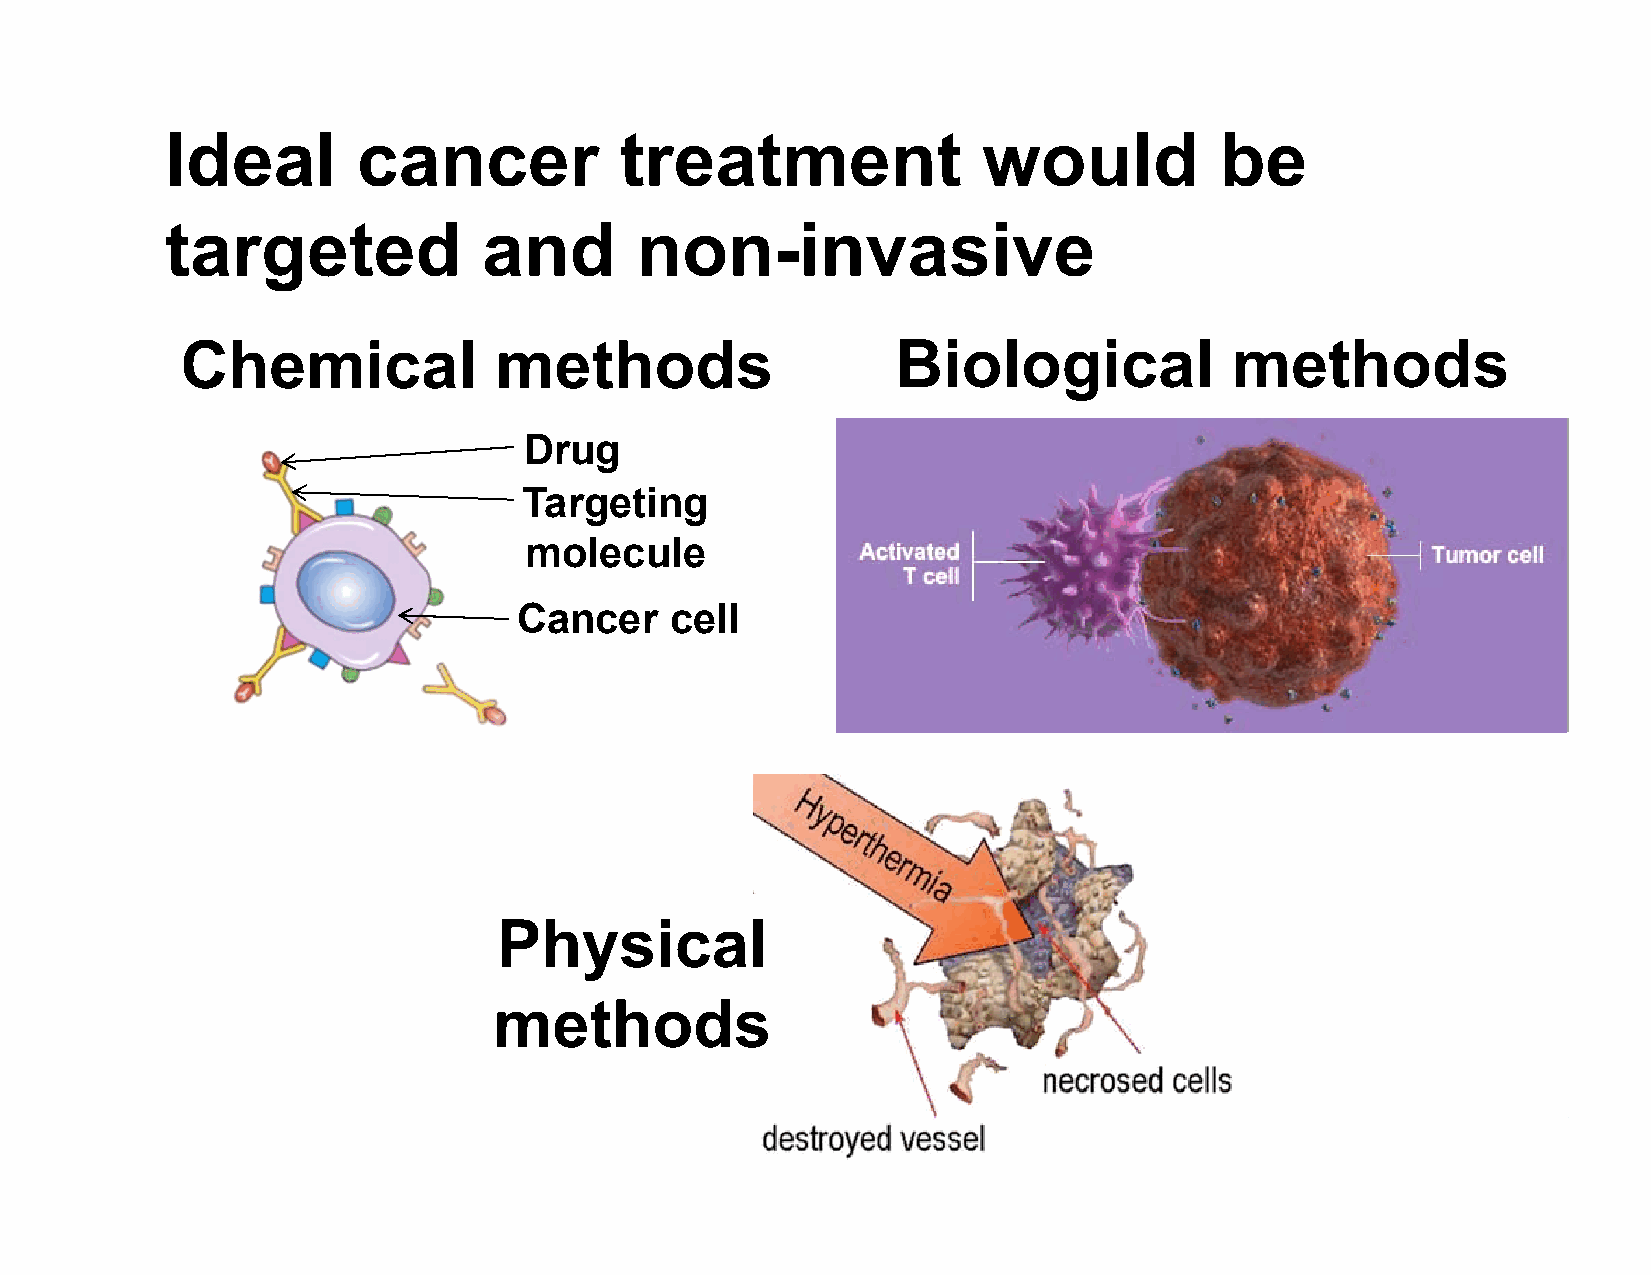
Ideal        cancer           treatment               would           be
 targeted             and       non-invasive
 Chemical             methods                   Biological             methods
 Drug
 Targeting
 molecule
 Cancer    cell
 Physical
 methods